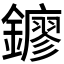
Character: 𨮛